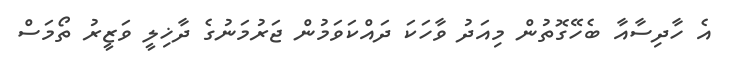
އެ ހާދިސާއާ ބެހޭގޮތުން މިއަދު ވާހަކަ ދައްކަވަމުން ޖަރުމަނުގެ ދާޚިލީ ވަޒީރު ތޯމަސް